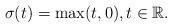
LaTeX: \begin{align*}\sigma(t)=\max(t,0), t\in \mathbb{R}.\end{align*}